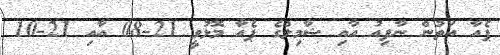
ޕެއާ އަތުން ނާފިއު އާއި ޝާމިލްގެ ޕެއާ މޮޅުވީ 21-08 އާއި 21-10